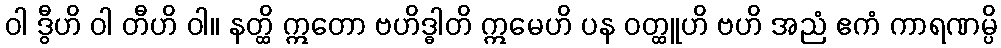
ဝါ ဒွီဟိ ဝါ တီဟိ ဝါ။ နတ္ထိ ဣတော ဗဟိဒ္ဓါတိ ဣမေဟိ ပန ဝတ္ထူဟိ ဗဟိ အညံ ဧကံ ကာရဏမ္ပိ